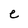
Character: e